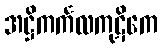
အဋ္ဌိကင်္ကလကုဋိကေ